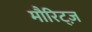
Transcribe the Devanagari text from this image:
मौरिट्ज़